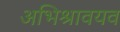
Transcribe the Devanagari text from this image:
अभिश्रावयव